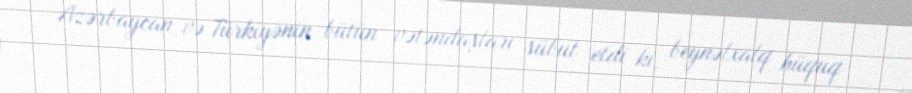
Azərbaycan və Türkiyənin bütün vətəndaşları sübut etdi ki, beynəlxalq hüquq